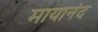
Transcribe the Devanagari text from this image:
मायानंद